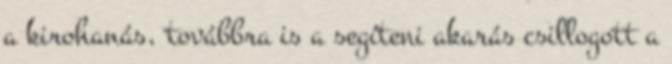
a kirohanás, továbbra is a segíteni akarás csillogott a